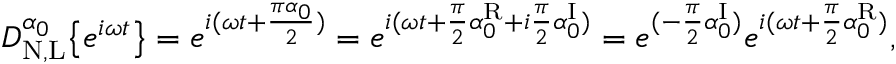
D _ { \mathrm { N , L } } ^ { \alpha _ { 0 } } \big \{ { e ^ { i \omega t } \big \} } = e ^ { i ( \omega t + \frac { \pi \alpha _ { 0 } } { 2 } ) } = e ^ { i ( \omega t + \frac { \pi } { 2 } \alpha _ { 0 } ^ { \mathrm { R } } + i \frac { \pi } { 2 } \alpha _ { 0 } ^ { \mathrm { I } } ) } = e ^ { ( - \frac { \pi } { 2 } \alpha _ { 0 } ^ { \mathrm { I } } ) } e ^ { i ( \omega t + \frac { \pi } { 2 } \alpha _ { 0 } ^ { \mathrm { R } } ) } ,